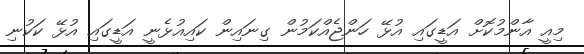
މިއީ އާންމުކޮށް އަޑީގައި އުޅޭ ހަންޖެއްކަމުން ގިނައިން ކައިއުޅެނީ އަޑީގައި އުޅޭ ކަކުނި